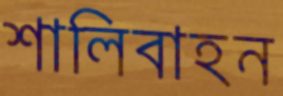
শালিবাহন